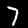
Label: 7